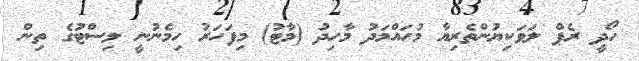
ހޯދީ ރެޕް ލަވަކިޔުންތެރިޔާ މުހައްމަދު މާހިދު (މާޓު) މިފަހަރު ހިމެނުނީ ލިސްޓުގެ ތިން